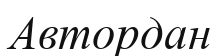
Автордан